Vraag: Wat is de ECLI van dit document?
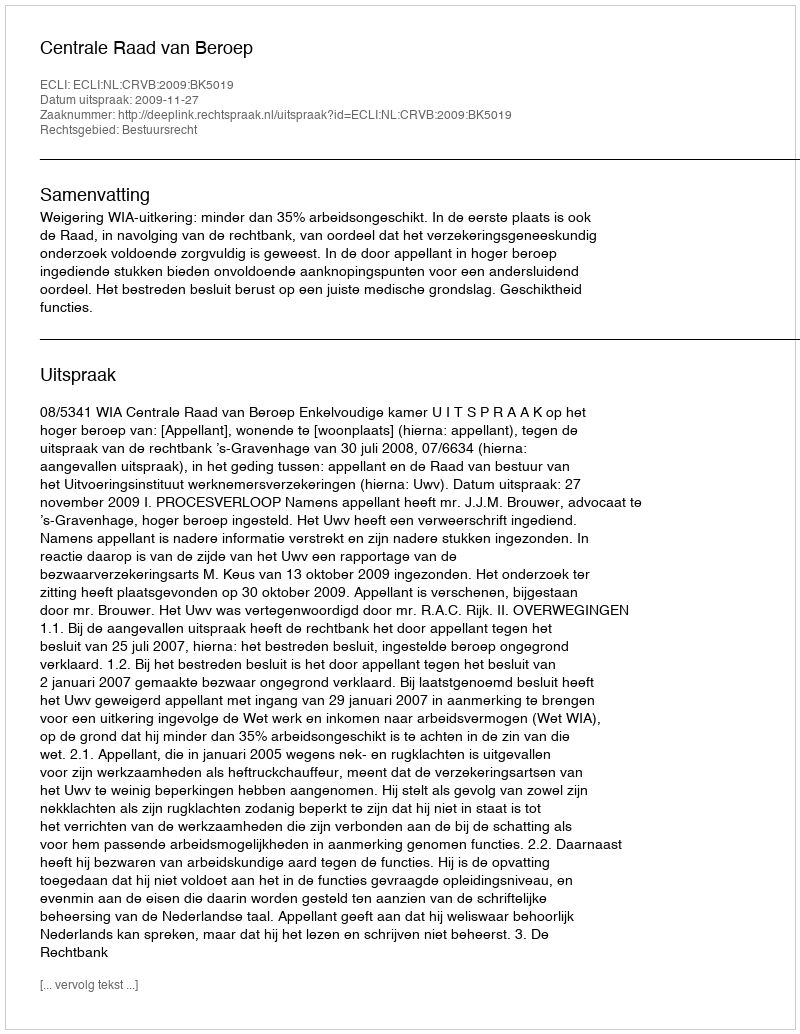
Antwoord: ECLI:NL:CRVB:2009:BK5019